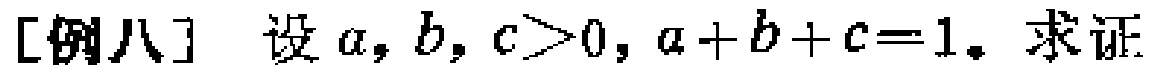
[例八] 设 \(a,b,c>0,a + b + c = 1\). 求证